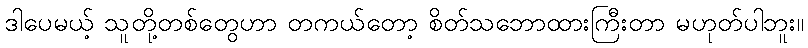
ဒါပေမယ့် သူတို့တစ်တွေဟာ တကယ်တော့ စိတ်သဘောထားကြီးတာ မဟုတ်ပါဘူး။